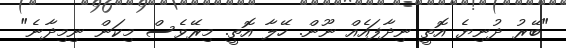
"ބޭރު ދުނިޔެ އޮތީ ނިދާފައެއް ނޫން. ހޭލާ އޮތީ. މިރޭވެސް މިކަން ނިމިދާނެ"